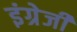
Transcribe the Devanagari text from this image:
इंग्रेजी